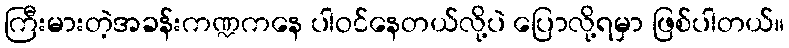
ကြီးမားတဲ့အခန်းကဏ္ဍကနေ ပါဝင်နေတယ်လို့ပဲ ပြောလို့ရမှာ ဖြစ်ပါတယ်။